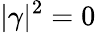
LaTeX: |\gamma|^{2}=0